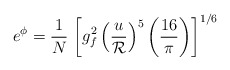
\begin{align*}e^{\phi}= {1\over N}\, \left[g_f^2\left({u \over {\cal R}}\right)^{5}\left({16 \over \pi}\right)\right]^{1/6}\,\end{align*}